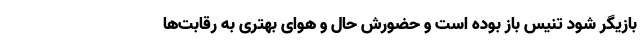
بازیگر شود تنیس باز بوده است و حضورش حال و هوای بهتری به رقابت‌ها